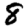
Digit: 8